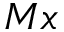
M x